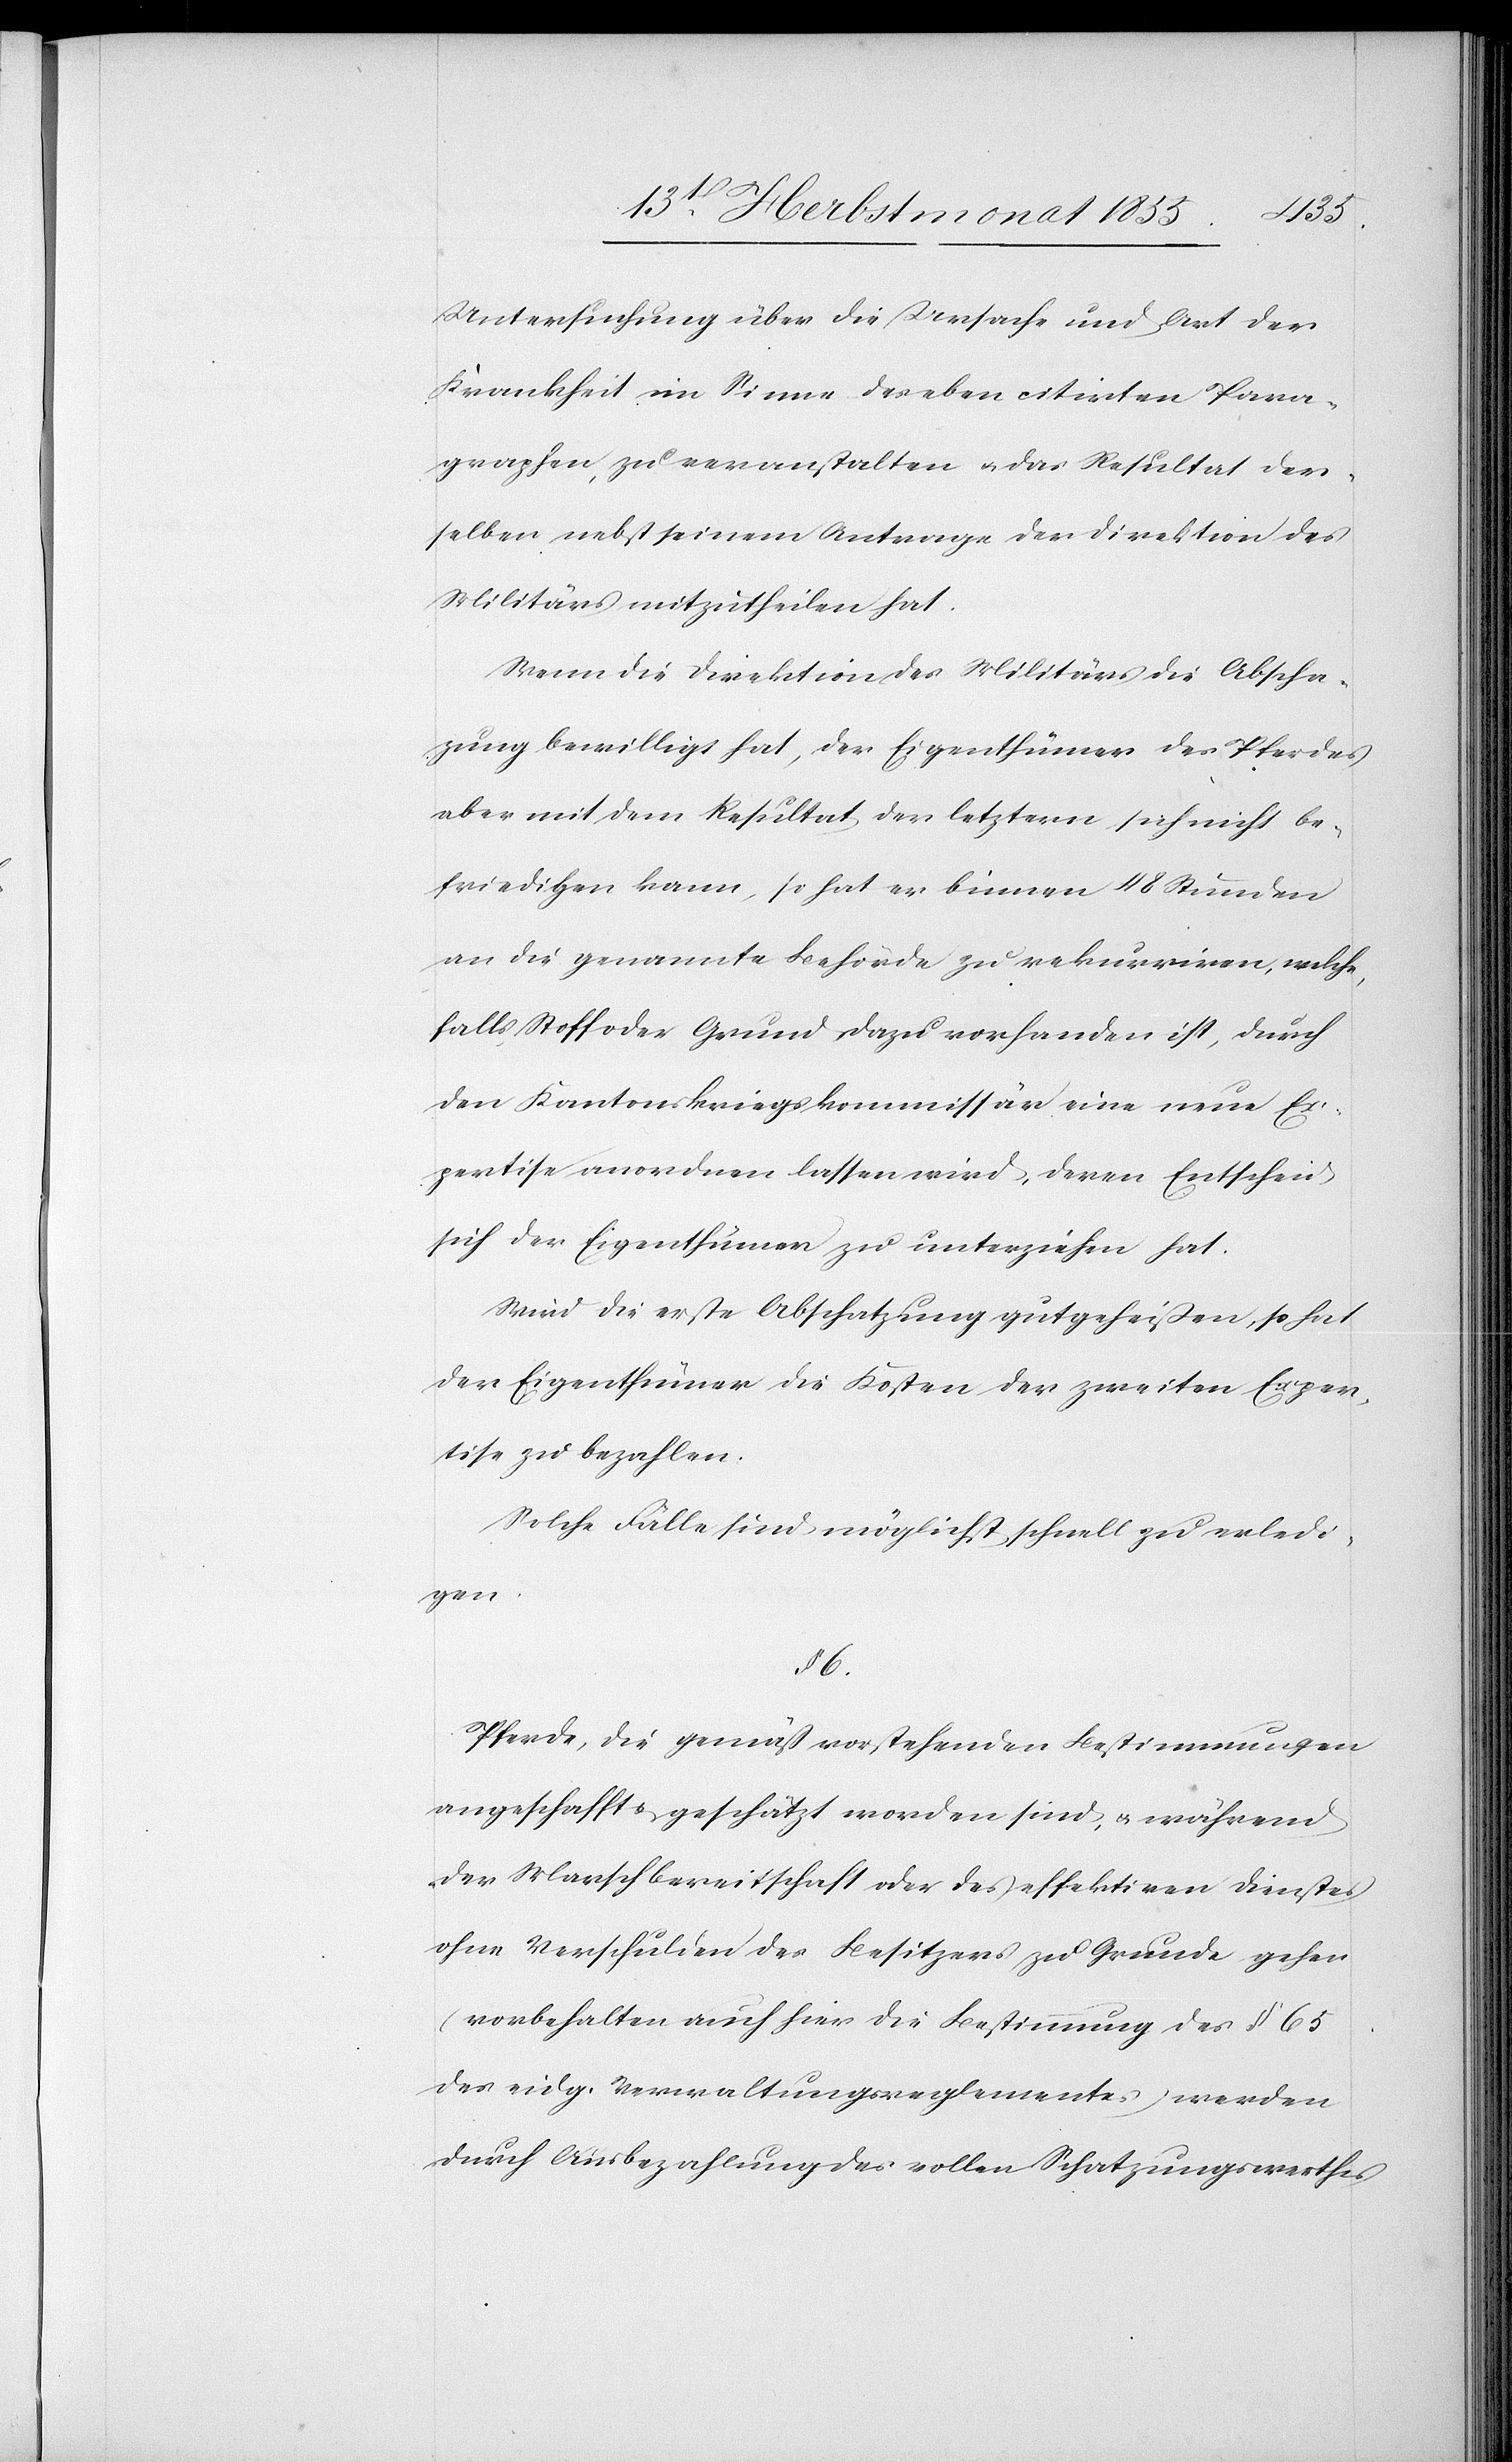
Untersuchung über die Ursache und Art der
Krankheit im Sinne des eben citirten Para¬
graphen, zu veranstalten & das Resultat der¬
selben nebst seinem Antrage der Direktion des
Militärs mitzutheilen hat.
Wenn die Direktion des Militärs die Abscha¬
zung bewilligt hat, der Eigenthümer des Pferdes
aber mit dem Resultat der letztern sich nicht be¬
friedigen kann, so hat er binnen 48 Stunden
an die genannte Behörde zu rekurriren, welche,
falls Stoff oder Grund dazu vorhanden ist, durch
den Kantonskriegskommissär eine neue Ex¬
pertise anordnen lassen wird, deren Entscheid
sich der Eigenthümer zu unterziehen hat.
Wird die erste Abschatzung gutgeheißen, so hat
der Eigenthümer die Kosten der zweiten Exper¬
tise zu bezahlen.
Solche Fälle sind möglichst schnell zu erledi¬
gen.
§ 6.
Pferde, die gemäß vorstehenden Bestimmungen
angeschafft & geschätzt worden sind, & während
der Marschbereitschaft oder des effektiven Dienstes
ohne Verschulden des Besitzers zu Grunde gehen
(vorbehalten auch hier die Bestimmung des § 65
des eidg. Verwaltungsreglementes) werden
durch Ausbezahlung des vollen Schatzungswerthes